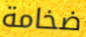
ضخامة